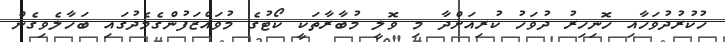
ހުކުރުދުވަހާއި ހޮނިހިރު ދުވަހު ކުރިއަށްދާ މި ވޮލީ މުބާރާތަކީ ކޯޓުގެ މުވައްޒަފުންގެމެދުގައި ބަހާލެވިގެން